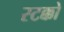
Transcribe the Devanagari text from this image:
स्टक्को